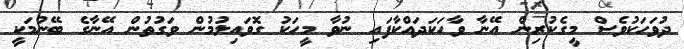
ދުވަހަކުވެސް މީގެކުރިން އޭނާ ވާހަކަދައްކާފައި ނުވާ މީހަކު ގޮވައިލުމުން ވަގުތުން އޭނާގެ ބޭނުމަކީ